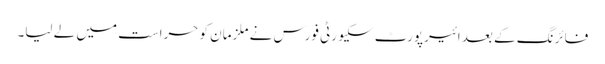
فائرنگ کے بعد ائیرپورٹ سکیورٹی فورس نے ملزمان کو حراست میں لے لیا۔